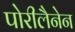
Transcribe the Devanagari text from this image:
पोरीलैनेन